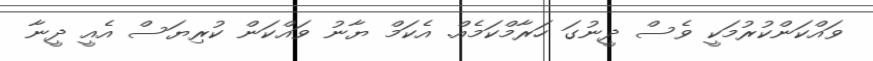
ވައްކަންކުރުމަކީ ވެސް ދީނުގަ ހަރާމްކަމެއް. އެކަމް ޔާނު ވައްކަން ކުރިޔަސް އެއީ ދީނާ